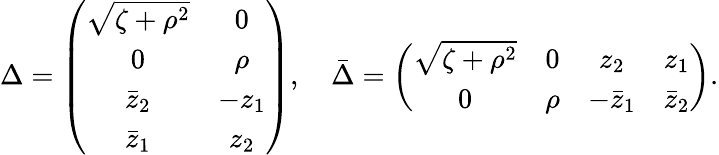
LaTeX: \Delta=\left(\begin{array}{cc}{{\sqrt{\zeta+\rho^{2}}}}&{{0}}\\ {{0}}&{{\rho}}\\ {{\bar{z}_{2}}}&{{-z_{1}}}\\ {{\bar{z}_{1}}}&{{z_{2}}}\end{array}\right),\quad\bar{\Delta}=\left(\begin{array}{cccc}{{\sqrt{\zeta+\rho^{2}}}}&{{0}}&{{z_{2}}}&{{z_{1}}}\\ {{0}}&{{\rho}}&{{-\bar{z}_{1}}}&{{\bar{z}_{2}}}\end{array}\right).